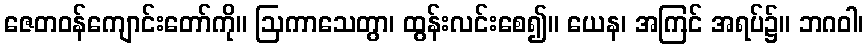
ဇေတဝန်ကျောင်းတော်ကို။ ဩကာသေတွာ၊ ထွန်းလင်းစေ၍။ ယေန၊ အကြင် အရပ်၌။ ဘဂဝါ၊